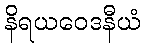
နိရယဝေဒနီယံ